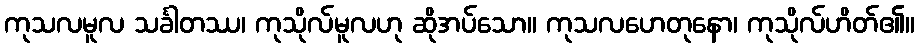
ကုသလမူလ သင်္ခါတဿ၊ ကုသိုလ်မူလဟု ဆိုအပ်သော။ ကုသလဟေတုနော၊ ကုသိုလ်ဟိတ်၏။